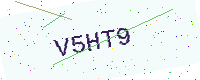
Text: V5HT9